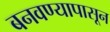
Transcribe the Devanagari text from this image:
बनवण्यापासून